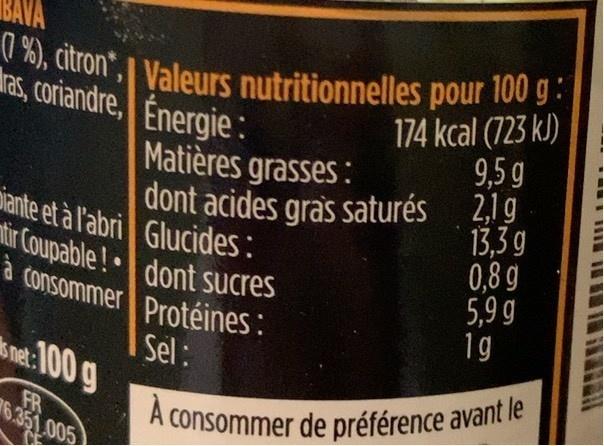
À consommer de préférence avant le 1 %), citron", Valeurs nutritionnelles pour 100 g:
as, coriandre, Energie: Matières grasses:
174 kcal (723 kJ) 9,5 g
dont acides gras saturés 2,1g 0,8 g 5,9 g 1g
13,3 g
Diante et à l'abri Glucides: nir Coupable! dont sucres à consommer Protéines :
Sel: snet:100 g
FR 6.351.005